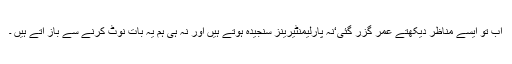
اب تو ایسے مناظر دیکھتے عمر گزر گئی‘نہ پارلیمنٹیرینز سنجیدہ ہوتے ہیں اور نہ ہی ہم یہ بات نوٹ کرنے سے باز آتے ہیں ۔